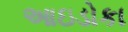
આઇડોકા